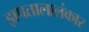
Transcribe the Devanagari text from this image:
झपतालालंकार